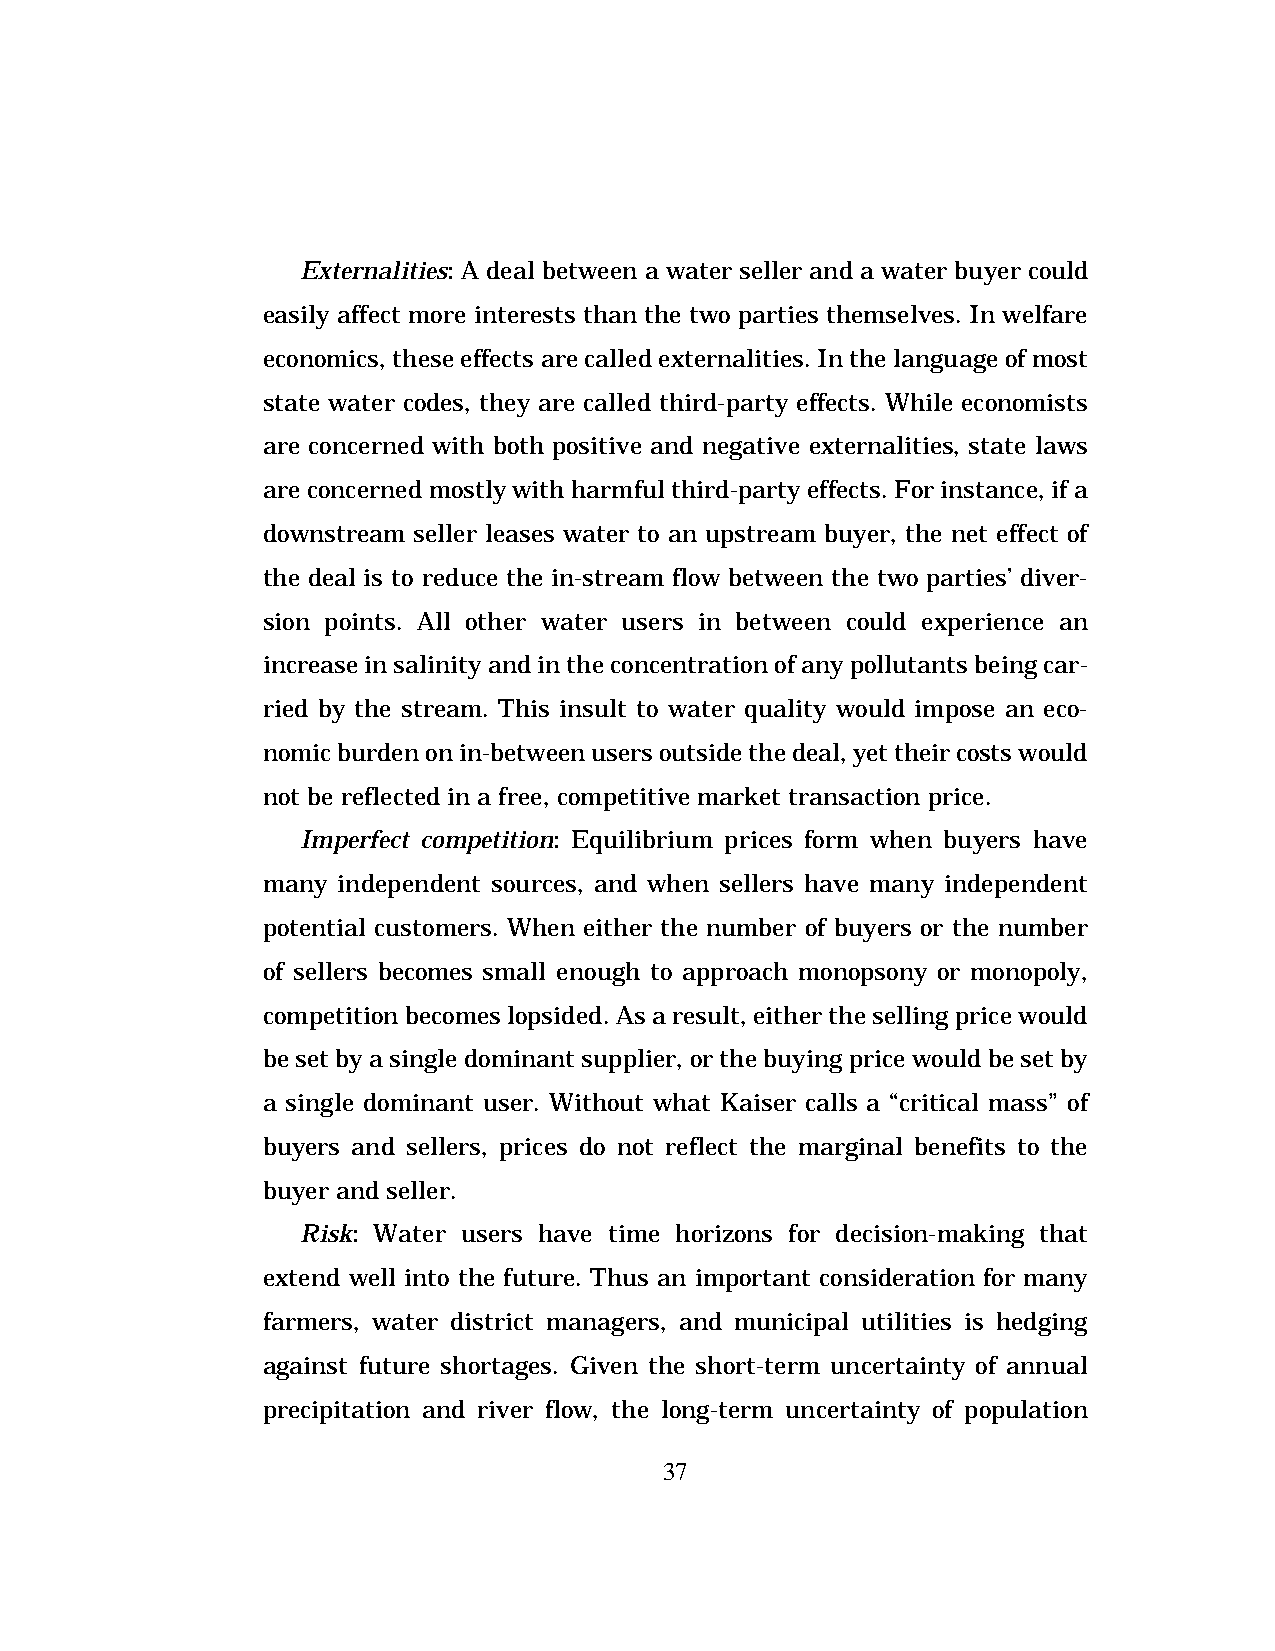
Externalities: A deal between a water seller and a water buyer could
 easily affect more interests than the two parties themselves. In welfare
 economics, these effects are called externalities. In the language of most
 state water codes, they are called third-party effects. While economists
 are concerned with both positive and negative externalities, state laws
 are concerned mostly with harmful third-party effects. For instance, if a
 downstream seller leases water to an upstream buyer, the net effect of
 the deal is to reduce the in-stream flow between the two parties’ diver-
 sion points. All other water users in between could experience an
 increase in salinity and in the concentration of any pollutants being car-
 ried by the stream. This insult to water quality would impose an eco-
 nomic burden on in-between users outside the deal, yet their costs would
 not be reflected in a free, competitive market transaction price.
 Imperfect competition: Equilibrium prices form when buyers have
 many independent sources, and when sellers have many independent
 potential customers. When either the number of buyers or the number
 of sellers becomes small enough to approach monopsony or monopoly,
 competition becomes lopsided. As a result, either the selling price would
 be set by a single dominant supplier, or the buying price would be set by
 a single dominant user. Without what Kaiser calls a “critical mass” of
 buyers and sellers, prices do not reflect the marginal benefits to the
 buyer and seller.
 Risk: Water users have time horizons for decision-making that
 extend well into the future. Thus an important consideration for many
 farmers, water district managers, and municipal utilities is hedging
 against future shortages. Given the short-term uncertainty of annual
 precipitation and river flow, the long-term uncertainty of population
 37